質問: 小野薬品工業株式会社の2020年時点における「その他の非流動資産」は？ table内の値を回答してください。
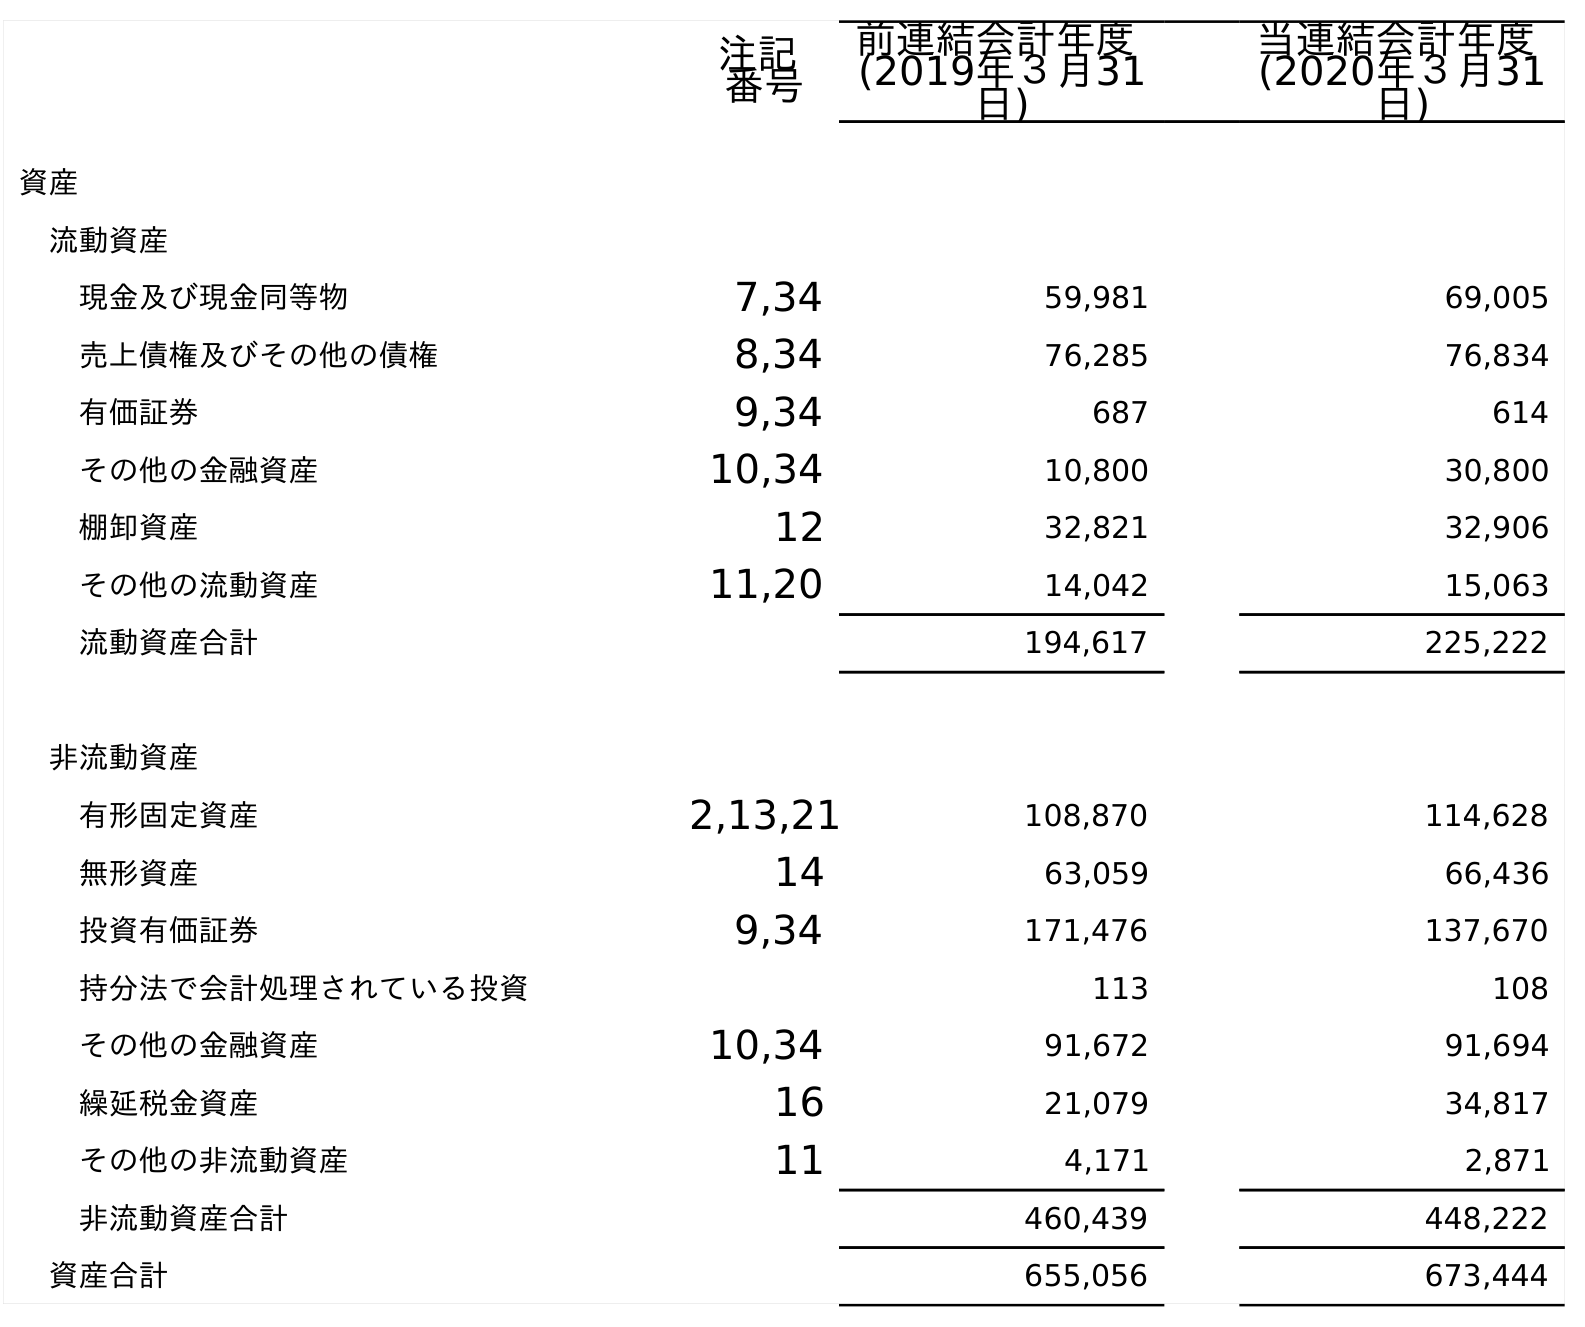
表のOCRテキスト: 注記 番号 前連結会計年度 (2019年３月31 日) 当連結会計年度 (2020年３月31 日) 資産 流動資産 現金及び現金同等物 7,34 59,981 69,005 売上債権及びその他の債権 8,34 76,285 76,834 有価証券 9,34 687 614 その他の金融資産 10,34 10,800 30,800 棚卸資産 12 32,821 32,906 その他の流動資産 11,20 14,042 15,063 流動資産合計 194,617 225,222 非流動資産 有形固定資産 2,13,21 108,870 114,628 無形資産 14 63,059 66,436 投資有価証券 9,34 171,476 137,670 持分法で会計処理されている投資 113 108 その他の金融資産 10,34 91,672 91,694 繰延税金資産 16 21,079 34,817 その他の非流動資産 11 4,171 2,871 非流動資産合計 460,439 448,222 資産合計 655,056 673,444
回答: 2,871